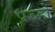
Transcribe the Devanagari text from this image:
पञ्हो